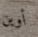
أوين